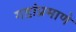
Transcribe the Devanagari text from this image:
गडांप्रमाणे